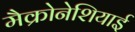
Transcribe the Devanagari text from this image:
मैक्रोनेशियाई